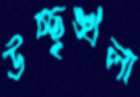
উচ্ছৃঙ্খলা